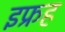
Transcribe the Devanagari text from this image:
इफ्रह